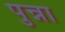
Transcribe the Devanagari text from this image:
पुन्ना